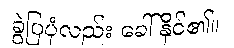
ခွဲပြပုံလည်း ခေါ်နိုင်၏။